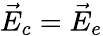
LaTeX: \vec{E}_{c}=\vec{E}_{e}